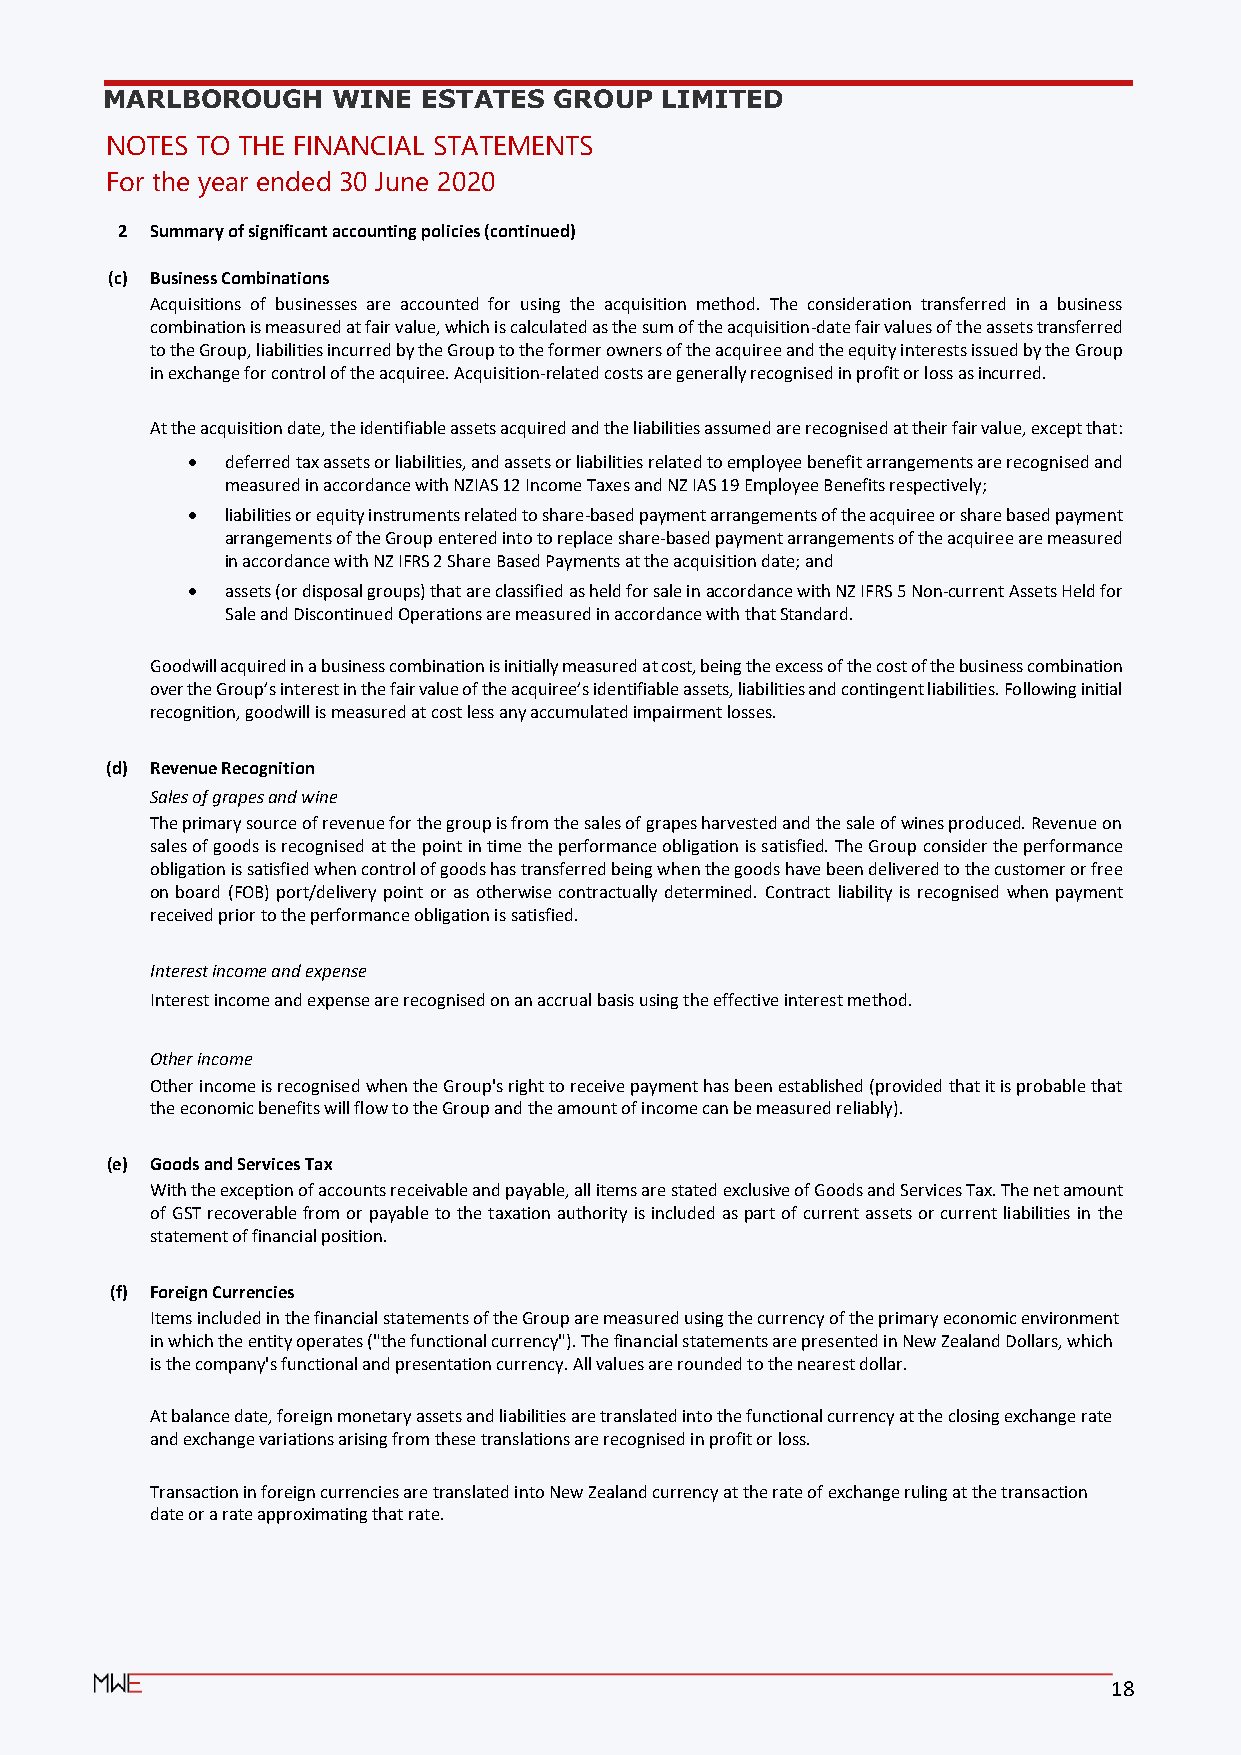
MARLBOROUGH    WINE  ESTATES  GROUP  LIMITED
 NOTES TO THE FINANCIAL STATEMENTS
 For the year ended 30 June 2020
 2 Summary of significant accounting policies (continued)
 (c) Business Combinations
 Acquisitions of businesses are accounted for using the acquisition method. The consideration transferred in a business
 combination is measured at fair value, which is calculated as the sum of the acquisition-date fair values of the assets transferred
 to the Group, liabilities incurred by the Group to the former owners of the acquiree and the equity interests issued by the Group
 in exchange for control of the acquiree. Acquisition-related costs are generally recognised in profit or loss as incurred.
 At the acquisition date, the identifiable assets acquired and the liabilities assumed are recognised at their fair value, except that:
 •  deferred tax assets or liabilities, and assets or liabilities related to employee benefit arrangements are recognised and
 measured in accordance with NZIAS 12 Income Taxes and NZ IAS 19 Employee Benefits respectively;
 •  liabilities or equity instruments related to share-based payment arrangements of the acquiree or share based payment
 arrangements of the Group entered into to replace share-based payment arrangements of the acquiree are measured
 in accordance with NZ IFRS 2 Share Based Payments at the acquisition date; and
 •  assets (or disposal groups) that are classified as held for sale in accordance with NZ IFRS 5 Non-current Assets Held for
 Sale and Discontinued Operations are measured in accordance with that Standard.
 Goodwill acquired in a business combination is initially measured at cost, being the excess of the cost of the business combination
 over the Group’s interest in the fair value of the acquiree’s identifiable assets, liabilities and contingent liabilities. Following initial
 recognition, goodwill is measured at cost less any accumulated impairment losses.
 (d) Revenue Recognition
 Sales of grapes and wine
 The primary source of revenue for the group is from the sales of grapes harvested and the sale of wines produced. Revenue on
 sales of goods is recognised at the point in time the performance obligation is satisfied. The Group consider the performance
 obligation is satisfied when control of goods has transferred being when the goods have been delivered to the customer or free
 on board (FOB) port/delivery point or as otherwise contractually determined. Contract liability is recognised when payment
 received prior to the performance obligation is satisfied.
 Interest income and expense
 Interest income and expense are recognised on an accrual basis using the effective interest method.
 Other income
 Other income is recognised when the Group's right to receive payment has been established (provided that it is probable that
 the economic benefits will flow to the Group and the amount of income can be measured reliably).
 (e) Goods and Services Tax
 With the exception of accounts receivable and payable, all items are stated exclusive of Goods and Services Tax. The net amount
 of GST recoverable from or payable to the taxation authority is included as part of current assets or current liabilities in the
 statement of financial position.
 (f) Foreign Currencies
 Items included in the financial statements of the Group are measured using the currency of the primary economic environment
 in which the entity operates ("the functional currency"). The financial statements are presented in New Zealand Dollars, which
 is the company's functional and presentation currency. All values are rounded to the nearest dollar.
 At balance date, foreign monetary assets and liabilities are translated into the functional currency at the closing exchange rate
 and exchange variations arising from these translations are recognised in profit or loss.
 Transaction in foreign currencies are translated into New Zealand currency at the rate of exchange ruling at the transaction
 date or a rate approximating that rate.
 18